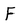
Character: F